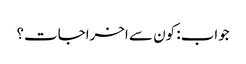
جواب: کون سے اخراجات؟